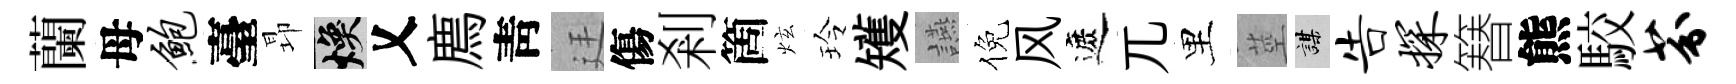
蘭母鲍臺昻焕乂廌靑廷傷剎箇炫玲矱讌倪风遮兀里莖謀告探簮熊駮芬